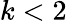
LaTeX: k<2